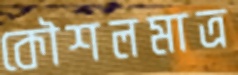
কৌশলমাত্র